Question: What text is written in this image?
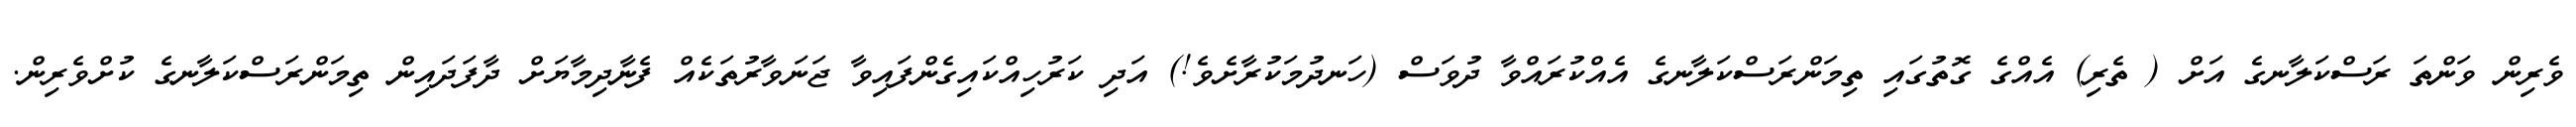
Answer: ވެރިން ވަންތަ ރަސްކަލާނގެ އަށް ( ތެރި) އެއްގެ ގޮތުގައި ތިމަންރަސްކަލާނގެ އެއްކުރައްވާ ދުވަސް (ހަނދުމަކުރާށެވެ!) އަދި ކަރުހިއްކައިގެންފައިވާ ޖަނަވާރުތަކެއް ފެނާދިމާޔަށް ދާފަދައިން ތިމަންރަސްކަލާނގެ ކުށްވެރިން.